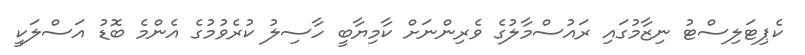
ކެޕިޓަލިސްޓު ނިޒާމުގައި ރައުސްމާލުގެ ވެރިންނަށް ކާމިޔާބީ ހާސިލު ކުރެވުމުގެ އެންމެ ބޮޑު އަސްލަކީ